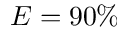
E = 9 0 \%